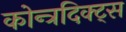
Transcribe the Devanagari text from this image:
कोन्त्रदिक्ट्स